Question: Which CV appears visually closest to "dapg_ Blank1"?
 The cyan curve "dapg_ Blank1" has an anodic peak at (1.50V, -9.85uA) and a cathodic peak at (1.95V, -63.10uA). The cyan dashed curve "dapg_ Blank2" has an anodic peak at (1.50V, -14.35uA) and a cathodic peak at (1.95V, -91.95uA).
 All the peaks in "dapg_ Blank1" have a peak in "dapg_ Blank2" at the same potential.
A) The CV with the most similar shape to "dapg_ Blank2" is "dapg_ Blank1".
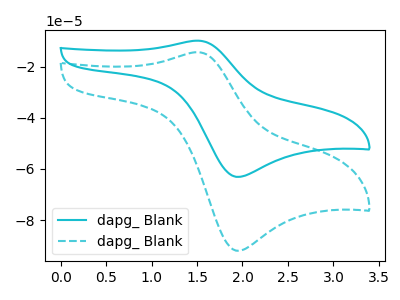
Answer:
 <answer>A) The CV with the most similar shape to "dapg_ Blank2" is "dapg_ Blank1".</answer>
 <eval>A</eval>